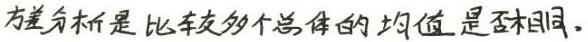
方差分析是比较多个总体的均值是否相同。